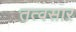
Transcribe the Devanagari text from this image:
तत्वसार